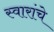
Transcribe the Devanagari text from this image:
स्वारांचे